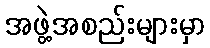
အဖွဲ့အစည်းများမှာ